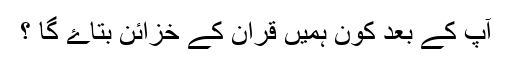
آپ کے بعد کون ہمیں قران کے خزائن بتاۓ گا ؟